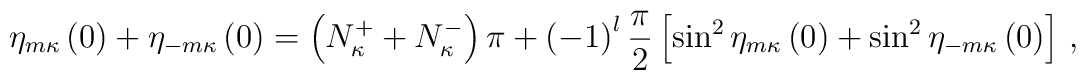
\eta_{m\kappa}\left(0\right)+\eta_{-m\kappa}\left(0\right)=\left(N_\kappa^++N_\kappa^-\right)\pi+\left(-1\right)^l\frac{\pi}{2}\left[\sin^2\eta_{m\kappa}\left(0\right)+\sin^2\eta_{-m\kappa}\left(0\right)\right]\,,